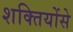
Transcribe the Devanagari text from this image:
शक्तियोंसे